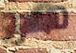
هو